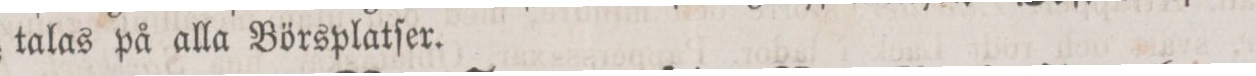
talas på alla Börsplatſer.